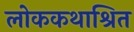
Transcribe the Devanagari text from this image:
लोककथाश्रित